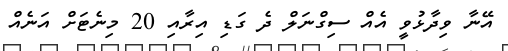
އޭނާ ވިދާޅުވީ އެއް ސިގްނަލް ދެ ގަޑި އިރާއި 20 މިނެޓަށް އަނެއް